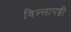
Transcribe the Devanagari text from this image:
विल्लापट्टी